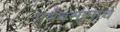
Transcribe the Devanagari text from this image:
पर्यवसानाचें